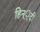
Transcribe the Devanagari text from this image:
हिन््दी